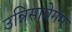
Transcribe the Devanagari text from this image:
उन्निसाबेगम